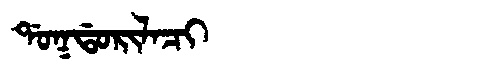
Manchu: ᡩᠣᡴᡩᠣᡵᡳᠯᠠᠴᡳ
Romanization: DOKDORILACI